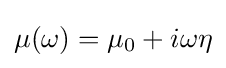
\mu (\omega )=\mu _{0}+i\omega \eta